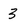
Character: 3